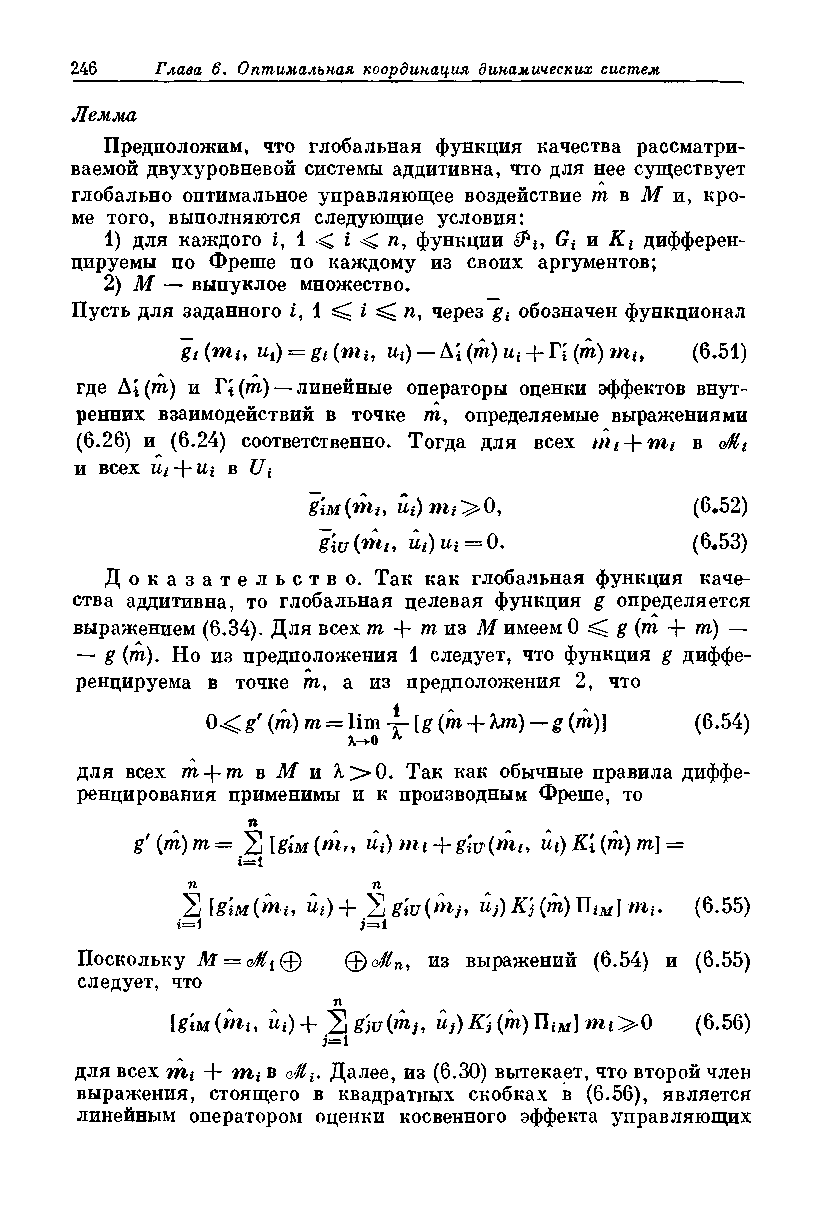
Лемма
 Предположим, что глобальная функция качества рассматри­
 ваемой двухуровневой системы аддитивна, что для нее существует
 глобально оптимальное управляющее воздействие т в М и, кро­
 ме того, выполняются следующие условия:
 1) для каждого j, 1 < i < и, функции Gt и Kt дифферен­
 цируемы по Фреше по каждому из своих аргументов;
 2) М — выпуклое множество.
 Пусть для заданного i, 1 ^ i ^ п, через gt обозначен функционал
 gi(mh щ) = gt (ти щ) — А; (то) щ + П (то) т«, (6.51)
 где Ai (то) и Ti (то) — линейные операторы оценки эффектов внут-
 ренних взаимодействий в точке иг, определяемые выражениями
 (6.26) и (6.24) соответственно. Тогда для всех + в o/flt
 и всех    в Ui
 щ)пц>0,             (6.52)
 g\u (ти щ) щ = 0.        (6.53)
 Д о к а з а т е л ь с т в о . Так как глобальная функция каче­
 ства аддитивна, то глобальная целевая функция g определяется
 выражением (6.34). Для всех т + иг из М имеем 0 ^ g (т + т) —
 — g (иг). Но из предположения 1 следует, что функция g диффе­
 ренцируема в точке иг, а из предположения 2, что
 0<g' (т) m =   (т + Хт) — g {т)] (6.54)
 для всех иг + игвЛГиЯ>0. Так как обычные правила диффе­
 ренцирования применимы и к производным Фреше, то
 п
 g' (то) то = 531йм(»ь, ut)mt+g'iv(mt, Ui)K’i(m)m] =
 1
 г—
 п            п
 2 lgiM(m.i, цг)+ 'Zg'iu(>nj, u})K){m)Wiu}mi. (6.55)
 j—i
 Поскольку M = oMi@ ©c£n, из выражений (6.54) и (6.55)
 следует, что
 П
 \gm(.n%i, lit)-f- Ytg'iuipij, м/)^)(то)Пш] т г>0 (6.56)
 i=l
 для всех nti + nti в Далее, из (6.30) вытекает, что второй член
 выражения, стоящего в квадратных скобках в (6.56), является
 линейным оператором оценки косвенного эффекта управляющих